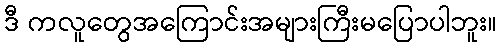
ဒီ ကလူတွေအကြောင်းအများကြီးမပြောပါဘူး။